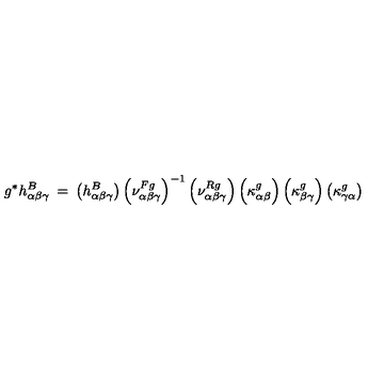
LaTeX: g ^ { * } h _ { \alpha \beta \gamma } ^ { B } \: = \: \left( h _ { \alpha \beta \gamma } ^ { B } \right) \left( \nu _ { \alpha \beta \gamma } ^ { F g } \right) ^ { - 1 } \left( \nu _ { \alpha \beta \gamma } ^ { R g } \right) \left( \kappa _ { \alpha \beta } ^ { g } \right) \left( \kappa _ { \beta \gamma } ^ { g } \right) \left( \kappa _ { \gamma \alpha } ^ { g } \right)